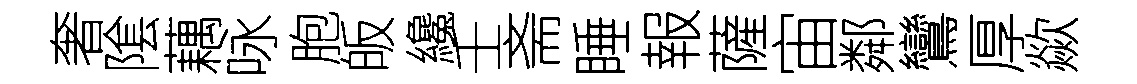
奢隂藕咏胞皈纔壬斋睡報薩宙鄰鸞厚歘